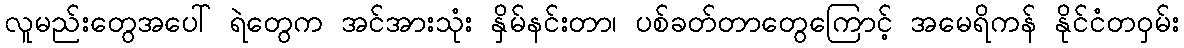
လူမည်းတွေအပေါ် ရဲတွေက အင်အားသုံး နှိမ်နင်းတာ၊ ပစ်ခတ်တာတွေကြောင့် အမေရိကန် နိုင်ငံတဝှမ်း